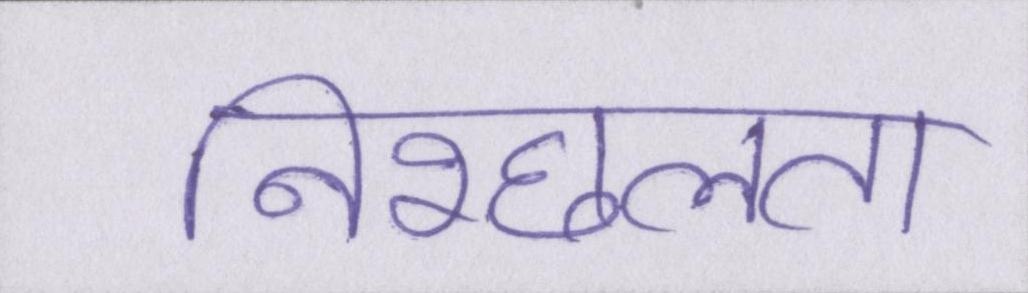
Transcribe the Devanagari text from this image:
निश्छलता